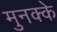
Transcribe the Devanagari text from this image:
मुनक्के